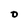
Character: O